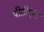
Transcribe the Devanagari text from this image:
पीडीएचा